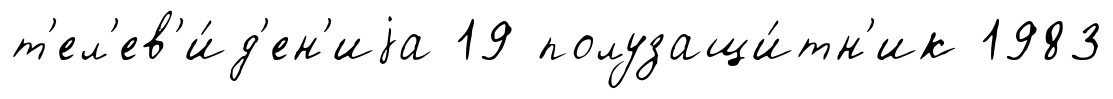
т'ел'ев'и́д'ен'иjа 19 полузащи́тн'ик 1983